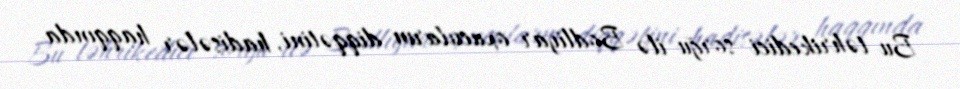
Bu təhrikedici sorğu ilə Bodliyar oxucuların diqqətini, hadisələr haqqında